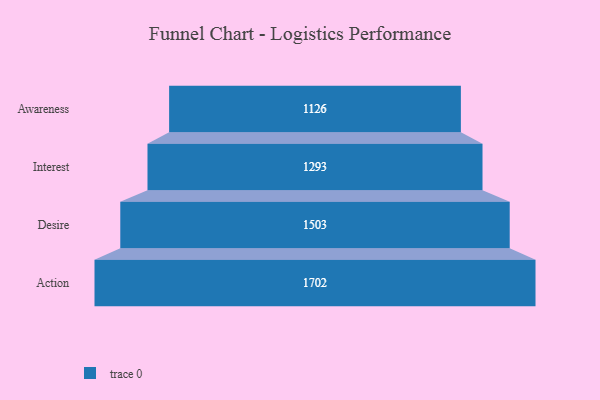
{"axis": {"x": "Stage", "y": "Value"}, "legend": [""], "data": [{"x": "Awareness", "y": 1126.0, "type": ""}, {"x": "Interest", "y": 1293.0, "type": ""}, {"x": "Desire", "y": 1503.0, "type": ""}, {"x": "Action", "y": 1702.0, "type": ""}]}